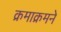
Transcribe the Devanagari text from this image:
क्रमाक्रमने